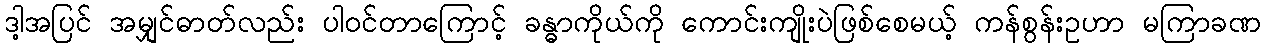
ဒါ့အပြင် အမျှင်ဓာတ်လည်း ပါဝင်တာကြောင့် ခန္ဓာကိုယ်ကို ကောင်းကျိုးပဲဖြစ်စေမယ့် ကန်စွန်းဥဟာ မကြာခဏ